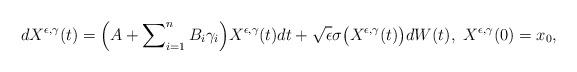
LaTeX: \begin{align*} dX^{\epsilon,\gamma}(t) = \Bigl (A + \sum\nolimits_{i=1}^n B_i \gamma_i\Bigr)X^{\epsilon,\gamma}(t) dt + \sqrt{\epsilon} \sigma\bigl(X^{\epsilon,\gamma}(t)\bigr) dW(t), \,\, X^{\epsilon,\gamma}(0)=x_0, \end{align*}